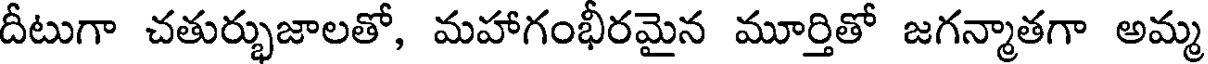
దీటుగా చతుర్భుజాలతో, మహాగంభీరమైన మూర్తితో జగన్మాతగా అమ్మ